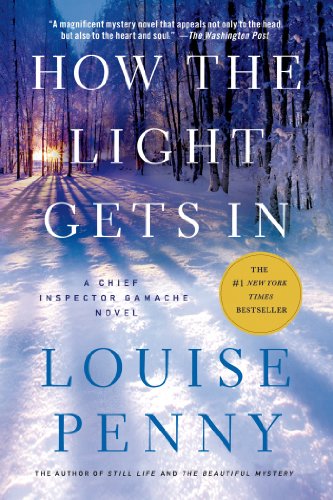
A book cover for How the Light Gets In: A Chief Inspector Gamache Novel; Louise Penny; Mystery, Thriller & Suspense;